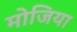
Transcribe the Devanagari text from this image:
मोजिया